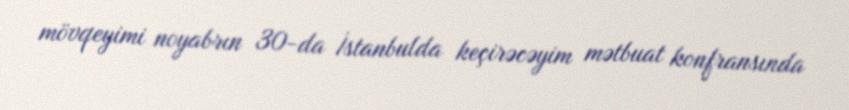
mövqeyimi noyabrın 30-da İstanbulda keçirəcəyim mətbuat konfransında